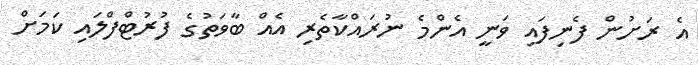
އެ ރަށުން ފެނިފައި ވަނީ އެންމެ ނުރައްކާތެރި އެއް ބާވަތުގެ ފުރުޓްފްލައި ކަމަށް